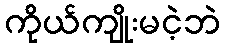
ကိုယ်ကျိုးမငဲ့ဘဲ